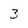
Character: 3